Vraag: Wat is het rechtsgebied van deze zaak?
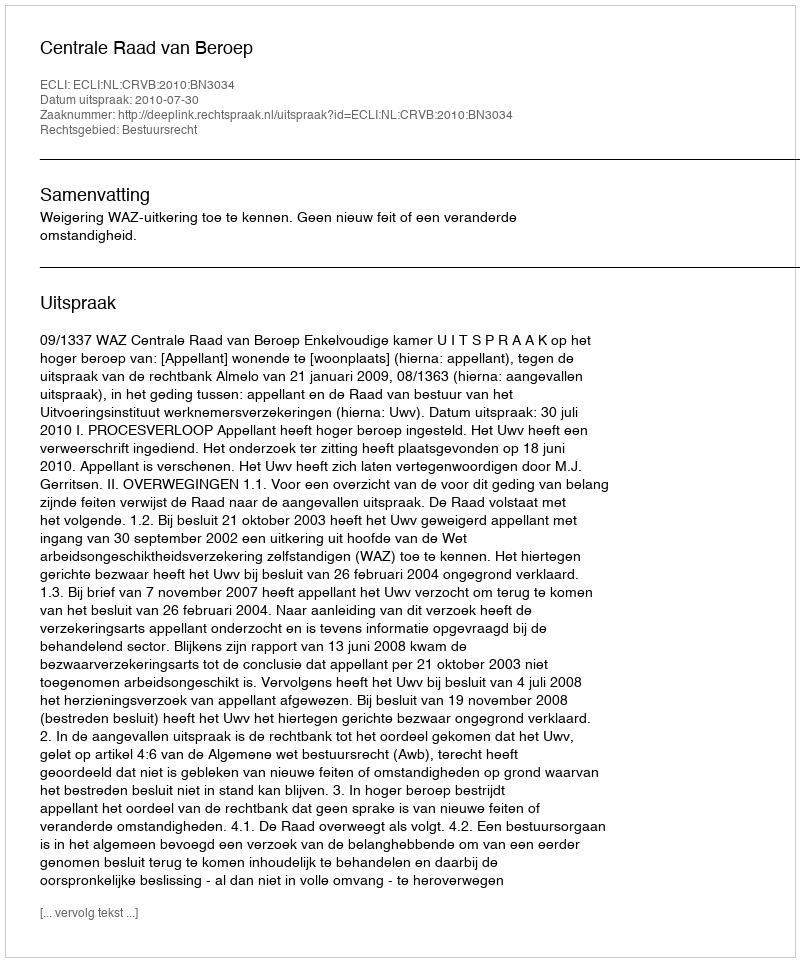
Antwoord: Bestuursrecht